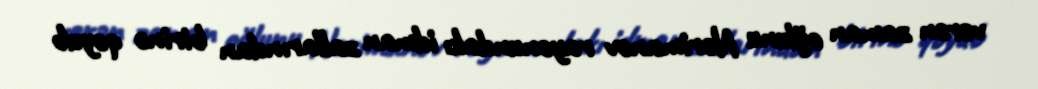
verən zaman oğlunu Nərimanov rayonundakı idman zallarından birinə qoyub